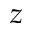
z